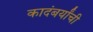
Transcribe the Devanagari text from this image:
कादंबर्यांची